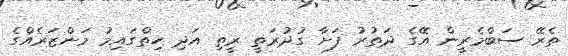
ތެރޭ ސަބްމެރީން އޭގެ ދަތުރު ފަށާ ގުދުރަތީ ރީތި އަދި ހިތްގައިމު މަންޒަރެއްގެ